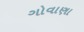
ગોવાણા